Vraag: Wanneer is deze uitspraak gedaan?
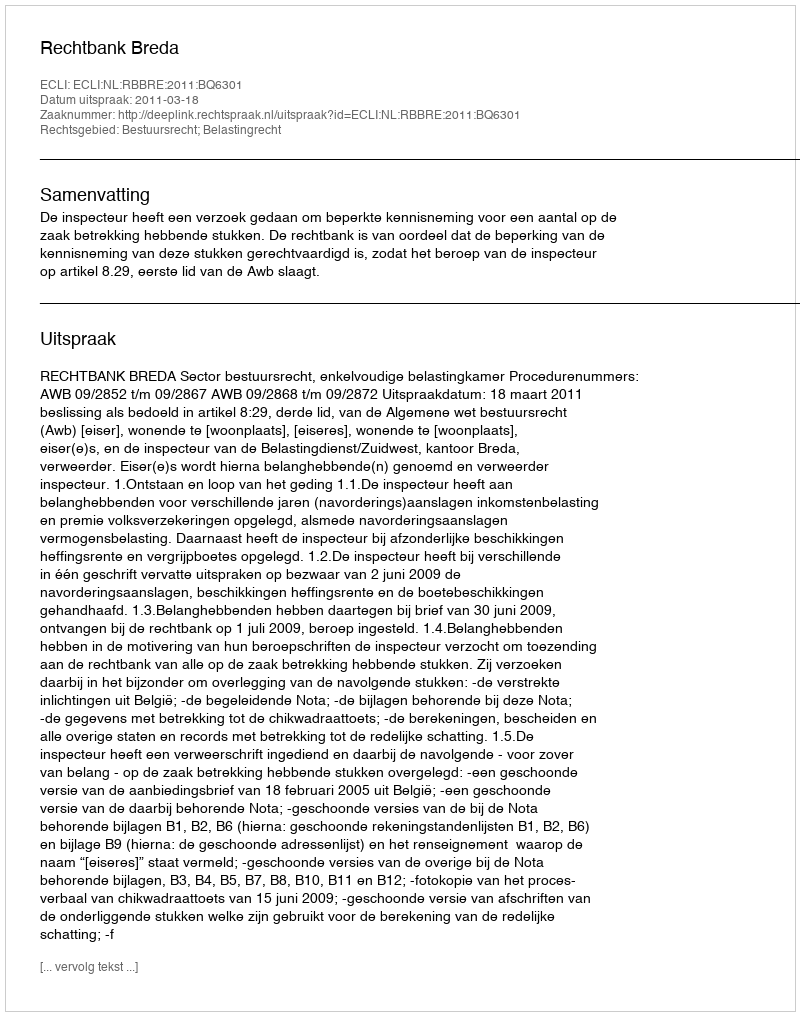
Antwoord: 2011-03-18